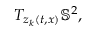
T _ { z _ { k } ( t , x ) } \mathbb { S } ^ { 2 } ,